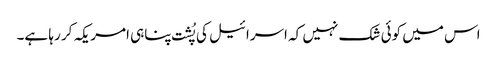
اس میں کوئی شک نہیں کہ اسرائیل کی پُشت پناہی امریکہ کر رہا ہے۔